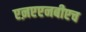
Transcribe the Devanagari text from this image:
एऩएएनबीएच